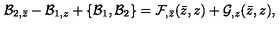
{ \cal B } _ { 2 , \bar { z } } - { \cal B } _ { 1 , z } + \{ { \cal B } _ { 1 } , { \cal B } _ { 2 } \} = { \cal F } _ { , \bar { z } } ( \bar { z } , z ) + { \cal G } _ { , z } ( \bar { z } , z ) ,